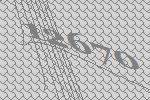
12670